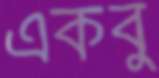
একবু